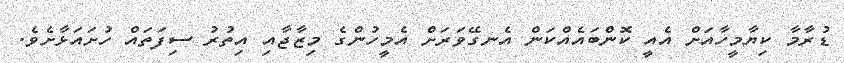
ޑުރާމާ ކިޔާމީހާއަށް އެއީ ކޮންބައެއްކަން އެނގޭވަރަށް އެމީހުންގެ މިޒާޖާއި އިތުރު ސިފަތައް ހުށައަޅާށެވެ.